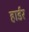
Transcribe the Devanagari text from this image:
हार्डर